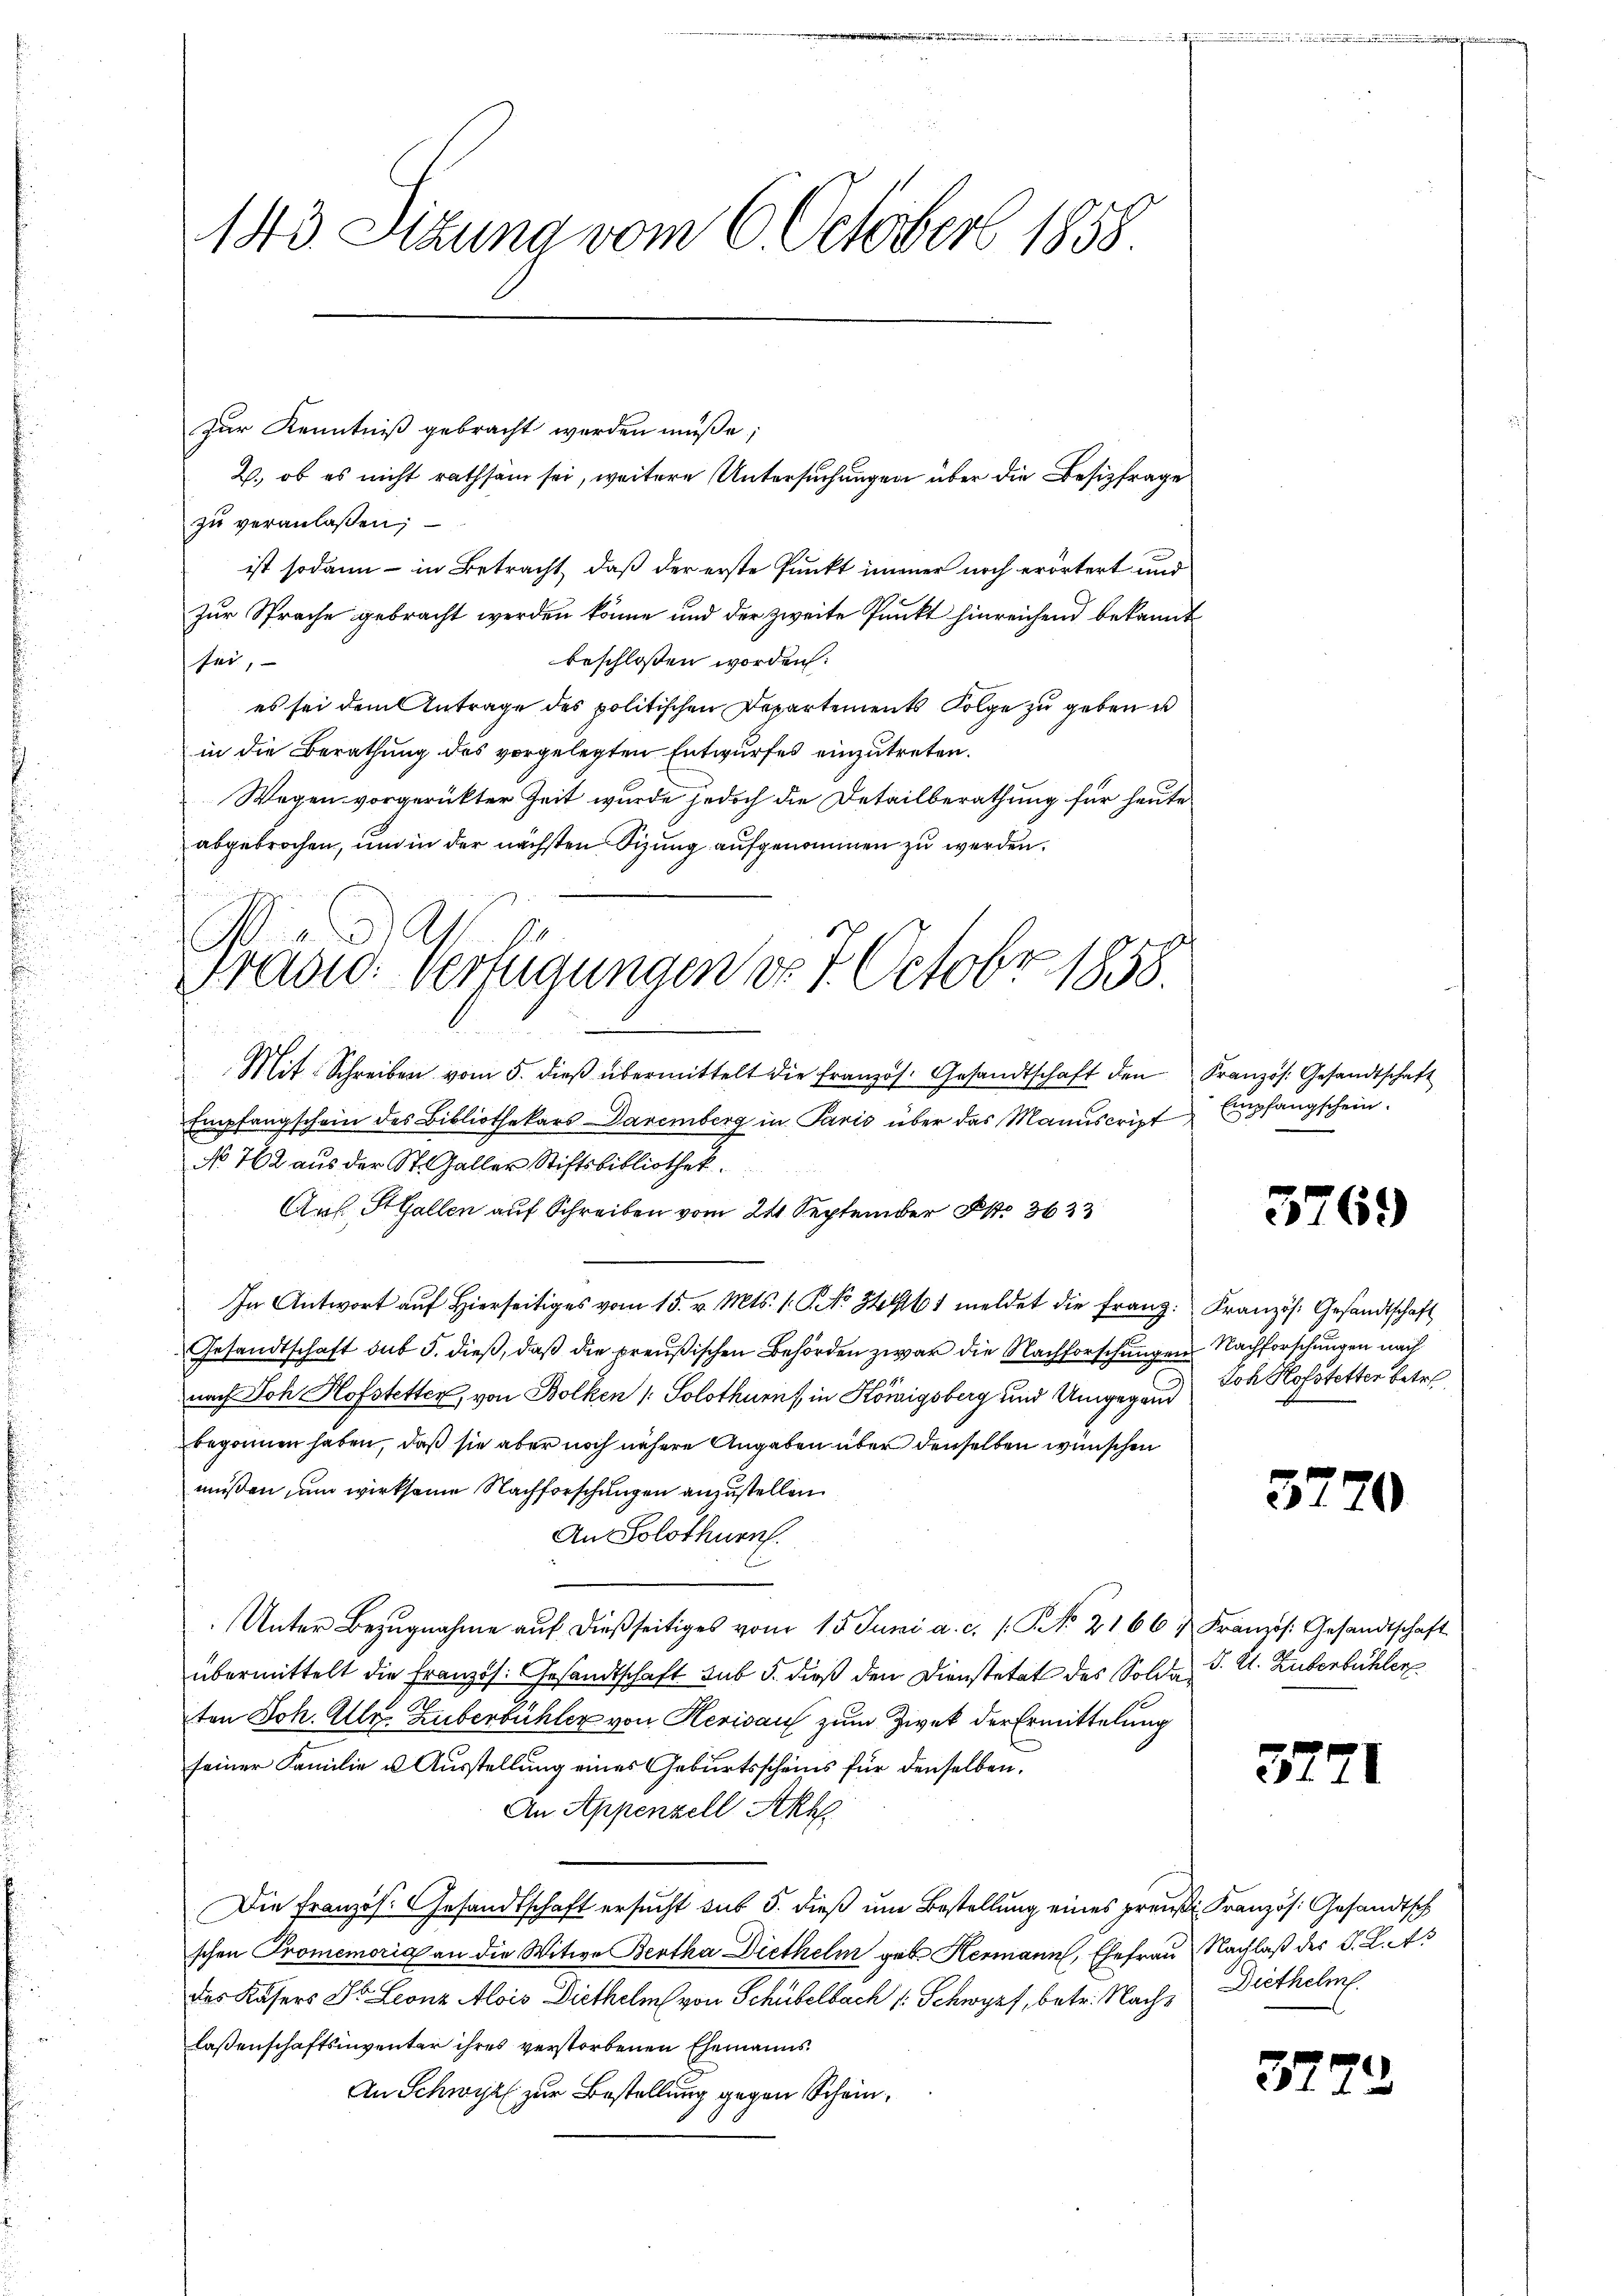
zu veranlaßen;
ist sodann - in Betracht, daß der erste Punkt immer noch erörtert und
Zur Sprache gebracht werden könne und der zweite Punkt hinreichend bekannt
beschlossen worden:
sei,
es sei dem Antrage des politischen Departements Folge zu geben is
in die Berathung des vorgelegten Entwurfes einzutreten.
Wegen vorgerückter Zeit wurde jedoch die Detailberathung für heute
abgebrochen, um in der nächsten Sizung aufgenommen zu werden.

143. Sitzung vom 6 October 1858.
zur Kenntniß gebracht werden müße;
2., ob es nicht rathsam sei, weitere Untersuchungen über die Besizfrage

Präsid. Verfügungen d. 7. Octobr 1858.

Mit Schreiben vom 5. dieβ übermittelt die Französ. Gesandtschaft den Kranzös. Gesandtschaft
Empfangschein des Bibliothekars Davemberg in Paris über das Manuscript Empfangschein.
No 762 aus der St. Galler Stiftsbibliothek
Aus. StGallen auf Schreiben vom 24 September S. 3633
In Antwort auf Hierseitiges vom 15. v. Mts. 1. No 34461 meldet die Franz Kranzös. Gesandtschaft
Gesandtschaft sub 5. dieß, daß die preußischen Behörden zwar die Nachforschungen Nachforschungen nach
nach Joh Hofstetter, von Bolken (: Solothurn in Königsberg und Umgegend
begonnen haben, daß sie aber noch nähere Angaben über denselben wünschen
müssen um wirksame Nachforschungen anzustellen
An Solothurn
Unter Bezugnahme aŭf dießseitiges vom 15. Juni a. c. s. No. 2166 & Französ. Gesandtschaft
übermittelt die Französ. Gesandtschaft sub 5. dieß den Dienstetat des Solde J. U. Zubenbühler
ten Joh. Alle Huberbühler von Herisau zum Zwek der Ermittelung
seiner Familie u. Ausstellung eines Geburtsscheins für denselben.
An Appenzell Akk
Die Französ. Gesandtschaft ersucht aus 5. dieß um Bestellung eines preußi Französ. Gesandtsch
schen Promemoria an die Witwe Bertha Diethelm geb. Hermann, Ehefrau Nachlaß des S. K. As
des Kasers St. Leonz Alois Diethelm von Schubelbach 1 Schwyz, betr. Nach Diethelm
laßenschaftsinventer ihres verstorbenen Ehemanns¬
An Schwyz zur Bestellung gegen Schein¬

3769

Joh Hofstetter betre

32

37

37

1